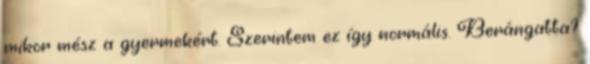
mikor mész a gyermekért. Szerintem ez így normális. Berángatta?